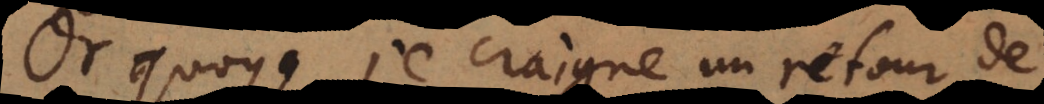
Or quoyque je craigne un retour de